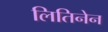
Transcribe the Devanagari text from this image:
लितिनेन